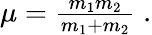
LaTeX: \begin{array}{r}{\mu=\frac{m_{1}m_{2}}{m_{1}+m_{2}}\; .}\end{array}